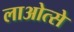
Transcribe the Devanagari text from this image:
लाओत्से